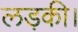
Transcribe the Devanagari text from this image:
लड़की।